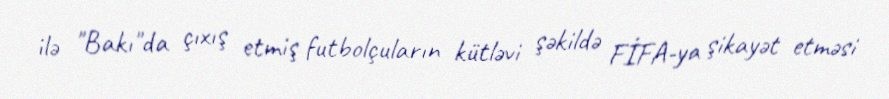
ilə "Bakı"da çıxış etmiş futbolçuların kütləvi şəkildə FİFA-ya şikayət etməsi